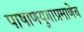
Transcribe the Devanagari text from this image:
पाषाणयुगाप्रमाणेच